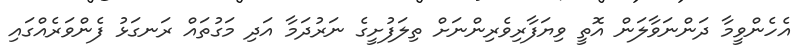
އެހެންވީމާ ދަންނަވާލަން އޮތީ ވިޔަފާރިވެރިންނަށް ތިލަފުށީގެ ނަރުދަމާ އަދި މަގުތައް ރަނގަޅު ފެންވަރެއްގައި